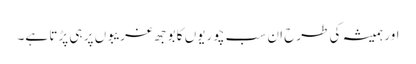
اور ہمیشہ کی طرح ان سب چوریوں کا بوجھ غریبوں پر ہی پڑتا ہے۔